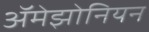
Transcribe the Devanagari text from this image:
ॲमेझोनियन